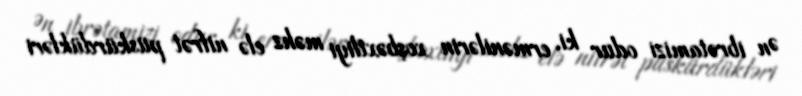
Ən ibrətamizi odur ki, ermənilərin xoşbəxtliyi məhz elə nifrət püskürdükləri